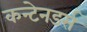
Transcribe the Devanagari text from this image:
कन्टेनडर्स